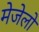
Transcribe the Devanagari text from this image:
मेजेलो